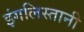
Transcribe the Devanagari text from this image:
इंगलिस्तानी